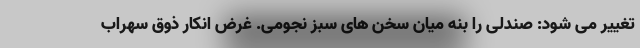
تغییر می شود: صندلی را بنه میان سخن های سبز نجومی. غرض انکار ذوق سهراب